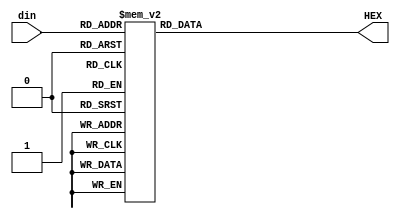
module seg7dec
(
	input  wire [3:0] din,
	output reg  [6:0] HEX
);

always @(*) begin
	case(din)
		4'd0:    HEX <= 7'b111_1110;
		4'd1:    HEX <= 7'b011_0000;
		4'd2:    HEX <= 7'b110_1101;
		4'd3:    HEX <= 7'b111_1001;
		4'd4:    HEX <= 7'b011_0011;
		4'd5:    HEX <= 7'b101_1011;
		4'd6:    HEX <= 7'b101_1111;
		4'd7:    HEX <= 7'b111_0000;
		4'd8:    HEX <= 7'b111_1111;
		4'd9:    HEX <= 7'b111_1011;
		default: HEX <= 7'b111_1111;
	endcase
end

endmodule